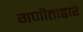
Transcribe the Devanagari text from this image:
गणीताद्वारे